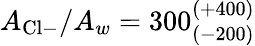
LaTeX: A_{\mathrm{Cl}-}/A_{w}=300_{(-200)}^{(+400)}